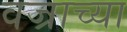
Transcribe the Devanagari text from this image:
वज्राच्या